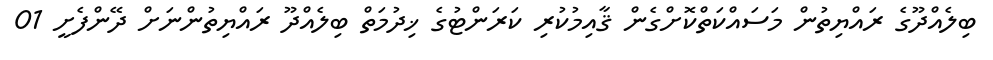
ބިލެއްދޫގެ ރައްޔިތުން މަސައްކަތްކޮށްގެން ޤާއިމުކުރި ކަރަންޓުގެ ޚިދުމަތް ބިލެއްދޫ ރައްޔިތުންނަށް ދޭންފެށީ 01